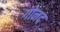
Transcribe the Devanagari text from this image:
गोनद